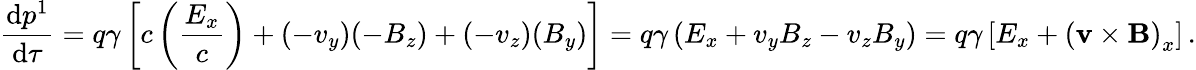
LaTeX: {\frac{\mathrm{d}p^{1}}{\mathrm{d}\tau}}=q\gamma\left[c\left({\frac{E_{x}}{c}}\right)+(-v_{y})(-B_{z})+(-v_{z})(B_{y})\right]=q\gamma\left(E_{x}+v_{y}B_{z}-v_{z}B_{y}\right)=q\gamma\left[E_{x}+\left(\mathbf{v}\times\mathbf{B}\right)_{x}\right]\, .